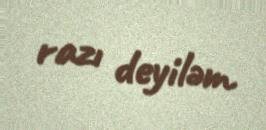
razı deyiləm.